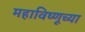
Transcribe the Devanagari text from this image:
महाविष्णूच्या